Report of the Municipal Commissioner on the plague in Bombay for the year ending 31st May... - Volume 1
Disease focus: Plague
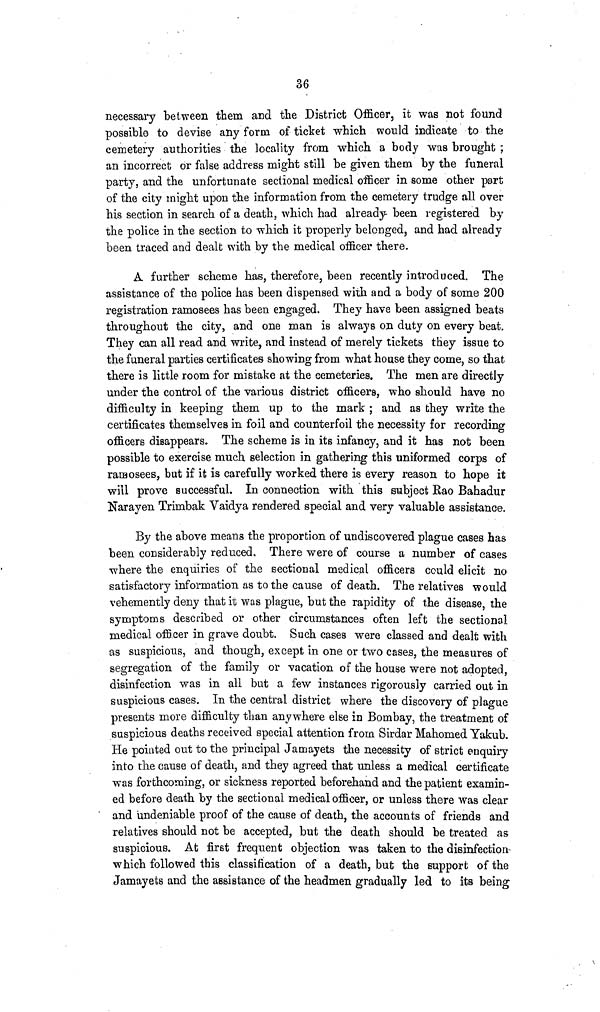
36
necessary between them and the District Officer, it was not found
possible to devise any form of ticket which would indicate to the
cemetery authorities the locality from which a body was brought ;
an incorrect or false address might still be given them by the funeral
party, and the unfortunate sectional medical officer in some other part
of the city might upon the information from the cemetery trudge all over
his section in search of a death, which had already been registered by
the police in the section to which it properly belonged, and had already
been traced and dealt with by the medical officer there.
A further scheme has, therefore, been recently introduced. The
assistance of the police has been dispensed with and a body of some 200
registration ramosees has been engaged. They have been assigned beats
throughout the city, and one man is always on duty on every beat.
They can all read and write, and instead of merely tickets they issue to
the funeral parties certificates showing from what house they come, so that
there is little room for mistake at the cemeteries. The men are directly
under the control of the various district officers, who should have no
difficulty in keeping them up to the mark ; and as they write the
certificates themselves in foil and counterfoil the necessity for recording
officers disappears. The scheme is in its infancy, and it has not been
possible to exercise much selection in gathering this uniformed corps of
ramosees, but if it is carefully worked there is every reason to hope it
will prove successful. In connection with this subject Rao Bahadur
Narayen Trimbak Vaidya rendered special and very valuable assistance.
By the above means the proportion of undiscovered plague cases has
been considerably reduced. There were of course a number of cases
where the enquiries of the sectional medical officers could elicit no
satisfactory information as to the cause of death. The relatives would
vehemently deny that it was plague, but the rapidity of the disease, the
symptoms described or other circumstances often left the sectional
medical officer in grave doubt. Such cases were classed and dealt with
as suspicious, and though, except in one or two cases, the measures of
segregation of the family or vacation of the house were not adopted,
disinfection was in all but a few instances rigorously carried out in
suspicious cases. In the central district where the discovery of plague
presents more difficulty than anywhere else in Bombay, the treatment of
suspicious deaths received special attention from Sirdar Mahomed Yakub.
He pointed out to the principal Jamayets the necessity of strict enquiry
into the cause of death, and they agreed that unless a medical certificate
was forthcoming, or sickness reported beforehand and the patient examin-
ed before death by the sectional medical officer, or unless there was clear
and undeniable proof of the cause of death, the accounts of friends and
relatives should not be accepted, but the death should be treated as
suspicious. At first frequent objection was taken to the disinfection
which followed this classification of a death, but the support of the
Jamayets and the assistance of the headmen gradually led to its being